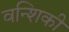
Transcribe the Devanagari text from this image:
वन्शिकी